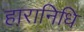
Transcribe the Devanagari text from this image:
हारानिधि